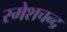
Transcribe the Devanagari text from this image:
रमेशचन्‍द्र